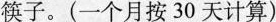
筷子。(一个月按30天计算)